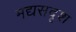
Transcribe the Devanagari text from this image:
मद्यसदृश